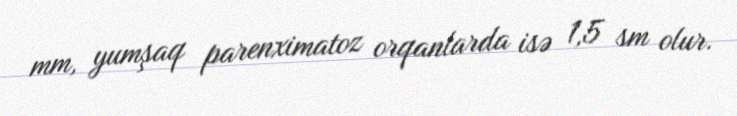
mm, yumşaq parenximatoz orqanlarda isə 1,5 sm olur.